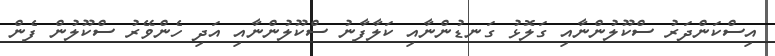
އިސްކަންދަރު ސްކޫލުންނާއި ގަލޮޅު ގަނޑުންނާއި ކަލާފާނު ސްކޫލުންނާއި އަދި ހެންވޭރު ސްކޫލުން ފެން